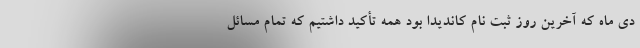
دی ماه که آخرین روز ثبت نام کاندیدا بود همه تأکید داشتیم که تمام مسائل